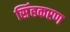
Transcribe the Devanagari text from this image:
सिंहकरण